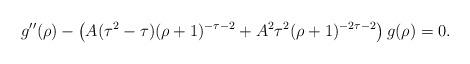
LaTeX: \begin{align*}g''(\rho)-\left(A(\tau^2-\tau)(\rho+1)^{-\tau-2}+A^2\tau^2(\rho+1)^{-2\tau-2}\right)g(\rho)=0.\end{align*}